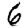
Digit: 6